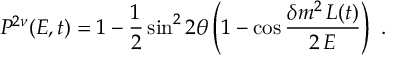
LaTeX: P ^ { 2 \nu } ( E , t ) = 1 - \frac { 1 } { 2 } \sin ^ { 2 } 2 \theta \left( 1 - \cos \frac { \delta m ^ { 2 } \, L ( t ) } { 2 \, E } \right) \ .